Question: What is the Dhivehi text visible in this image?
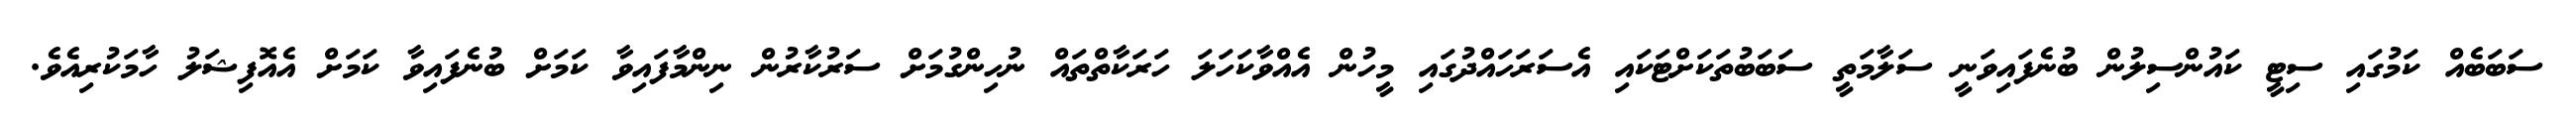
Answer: ސަބަބެއް ކަމުގައި ސިޓީ ކައުންސިލުން ބުނެފައިވަނީ ސަލާމަތީ ސަބަބުތަކަށްޓަކައި އެސަރަހައްދުގައި މީހުން އެއްވާކަހަލަ ހަރަކާތްތައް ނުހިންގުމަށް ސަރުކާރުން ނިންމާފައިވާ ކަމަށް ބުނެފައިވާ ކަމަށް އެއޮފިޝަލު ހާމަކުރިއެވެ.